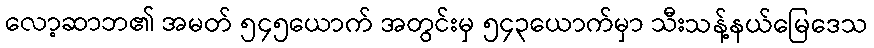
လော့ဆာဘ၏ အမတ် ၅၄၅ယောက် အတွင်းမှ ၅၄၃ယောက်မှာ သီးသန့်နယ်မြေဒေသ